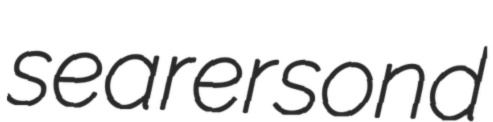
searer sond